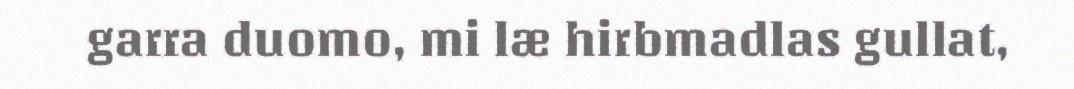
garra duomo, mi læ hirbmadlas gullat,